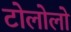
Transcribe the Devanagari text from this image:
टोलोलो